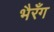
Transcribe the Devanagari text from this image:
भैरँग